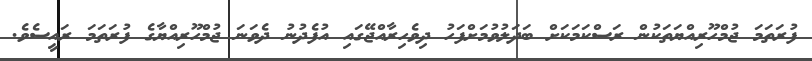
ފުރަތަމަ ޖުމްހޫރިއްޔަތަކުން ރަސްކަމަކަށް ބަދަލުވުމަށްފަހު ދިވެހިރާއްޖޭގައި އުފެދުނު ދެވަނަ ޖުމްހޫރިއްޔާގެ ފުރަތަމަ ރައީސެވެ.